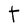
Character: T